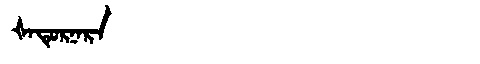
Manchu: ᡧᠠᡨᡠᡵᠨᠠᡵᠠ
Romanization: ŠATURNARA